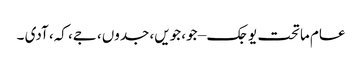
عام ماتحت یوجک – جو، جویں، جدوں، جے، کہ، آدی ۔